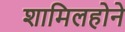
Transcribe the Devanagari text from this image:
शामिलहोने